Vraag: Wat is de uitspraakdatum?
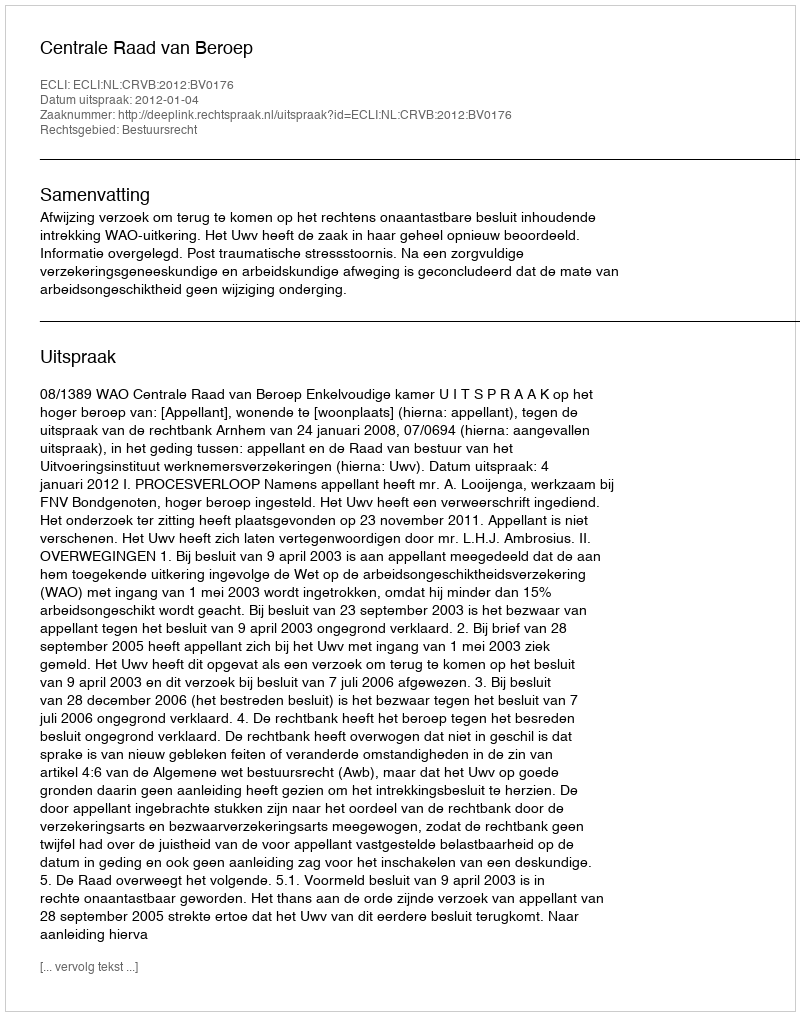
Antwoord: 2012-01-04